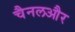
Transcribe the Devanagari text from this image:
चैनलऔर